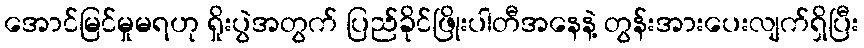
အောင်မြင်မှုမရဟု ရှိုးပွဲအတွက် ပြည်ခိုင်ဖြိုးပါတီအနေနဲ့ တွန်းအားပေးလျက်ရှိပြီး